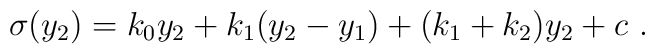
\sigma (y_2) = k_0 y_2 +k_1 ( y_2 - y_1) + (k_1 + k_2) y_2 + c ~.~\,